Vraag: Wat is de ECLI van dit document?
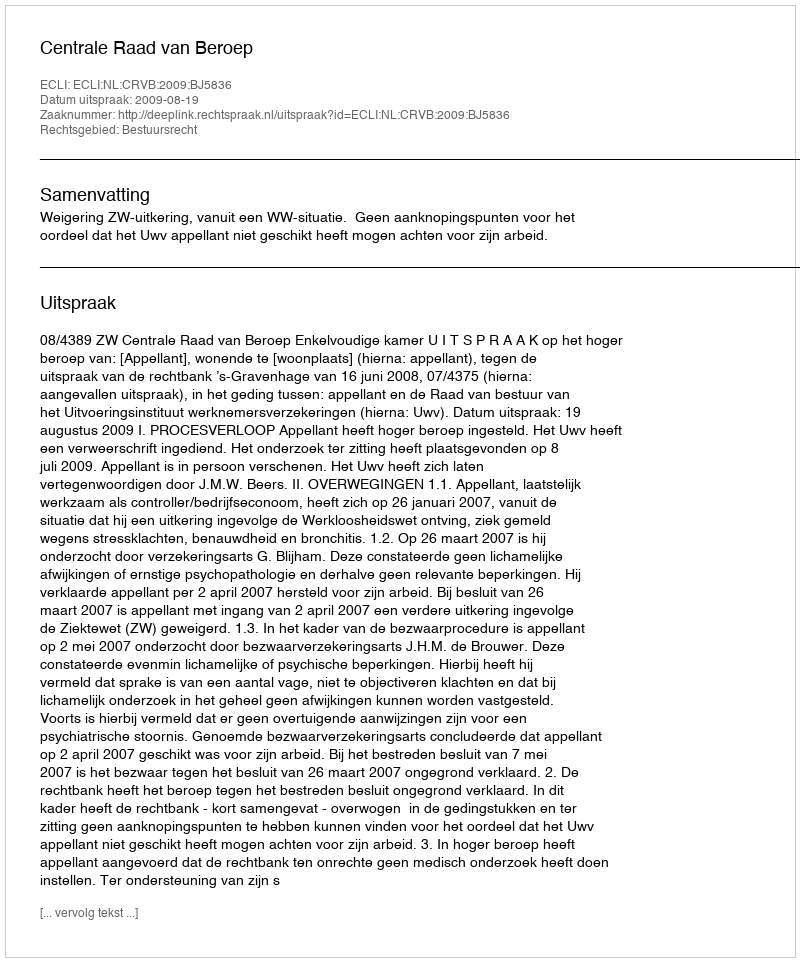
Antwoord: ECLI:NL:CRVB:2009:BJ5836